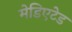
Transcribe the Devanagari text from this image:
मेडिएटेड